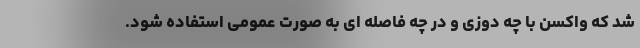
شد که واکسن با چه دوزی و در چه فاصله ای به صورت عمومی استفاده شود.